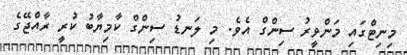
މިނިޓްގައި މަންވީރު ސިންގް އެވެ. މި ލަނޑު ސިންގް ކާމިޔާބު ކުރީ ރާއްޖޭގެ